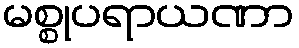
မစ္စုပရာယဏာ